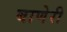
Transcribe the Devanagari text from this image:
बाणेरी